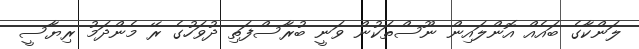
ލަންކާގެ ބައެއް އޮންލައިން ނޫސްތަކުން ވަނީ ބުރާސްފަތި ދުވަހުގެ ރޭ މެންދަމު ރިޔާސީ